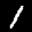
Label: 1